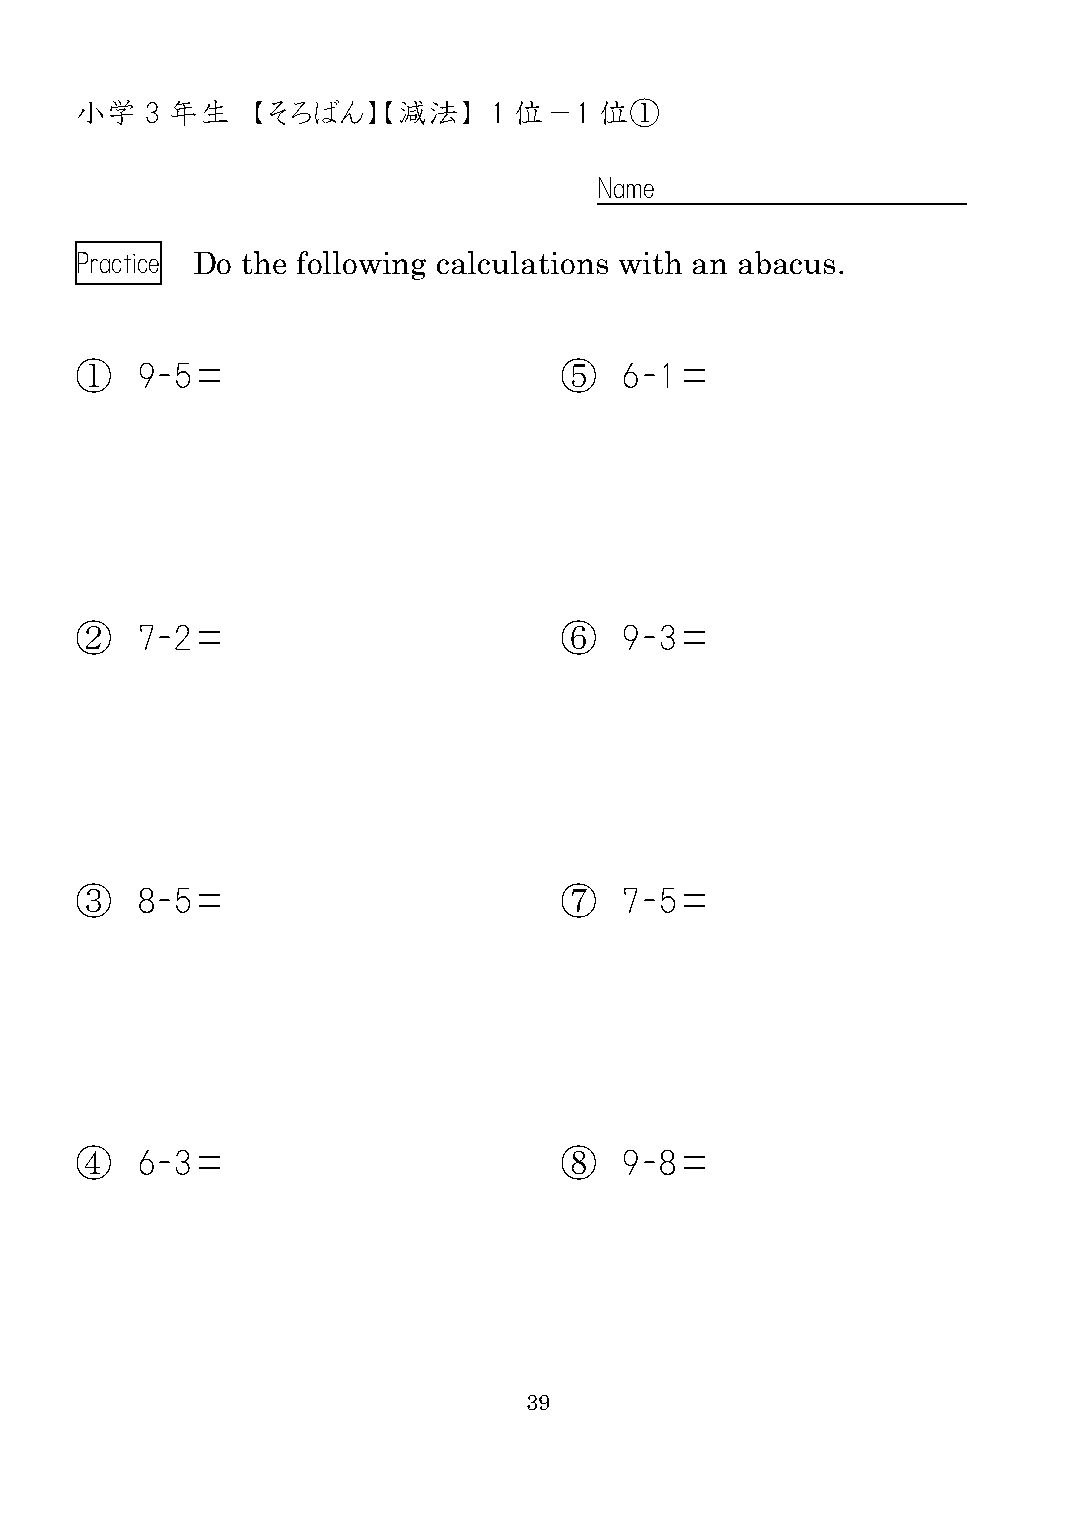
小学   3 年生   【そろばん】【減法】     1 位－1   位①
 Name
 Practice Do the following calculations with an abacus.
 ①   9-5＝                        ⑤   6-1＝
 ②   7-2＝                        ⑥   9-3＝
 ③   8-5＝                        ⑦   7-5＝
 ④   6-3＝                        ⑧   9-8＝
 39